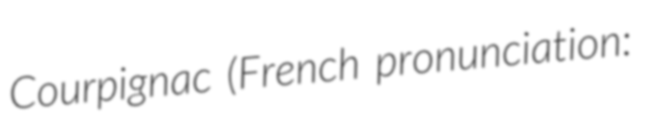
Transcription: Courpignac (French pronunciation: